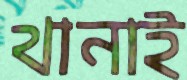
থানাই